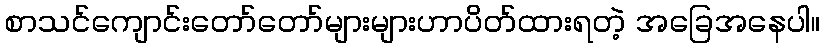
စာသင်ကျောင်းတော်တော်များများဟာပိတ်ထားရတဲ့ အခြေအနေပါ။